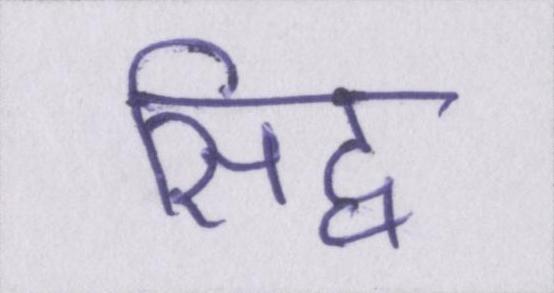
सिद्व